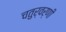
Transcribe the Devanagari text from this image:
चतुर्वर्णी